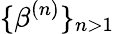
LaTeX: \{ \beta^{(n)}\} _{n>1}